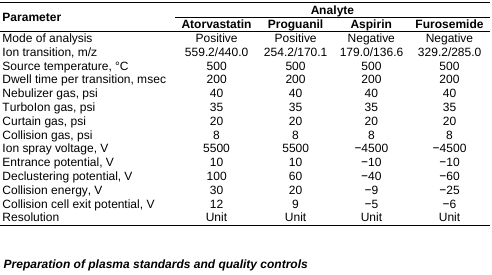
<table><thead><tr><td rowspan="2"><b>Parameter</b></td><td colspan="4"><b>Analyte</b></td></tr><tr><td><b>Atorvastatin</b></td><td><b>Proguanil</b></td><td><b>Aspirin</b></td><td><b>Furosemide</b></td></tr></thead><tbody><tr><td>Mode of analysis</td><td>Positive</td><td>Positive</td><td>Negative</td><td>Negative</td></tr><tr><td>Ion transition, m/z</td><td>559.2/440.0</td><td>254.2/170.1</td><td>179.0/136.6</td><td>329.2/285.0</td></tr><tr><td>Source temperature, °C</td><td>500</td><td>500</td><td>500</td><td>500</td></tr><tr><td>Dwell time per transition, msec</td><td>200</td><td>200</td><td>200</td><td>200</td></tr><tr><td>Nebulizer gas, psi</td><td>40</td><td>40</td><td>40</td><td>40</td></tr><tr><td>TurboIon gas, psi</td><td>35</td><td>35</td><td>35</td><td>35</td></tr><tr><td>Curtain gas, psi</td><td>20</td><td>20</td><td>20</td><td>20</td></tr><tr><td>Collision gas, psi</td><td>8</td><td>8</td><td>8</td><td>8</td></tr><tr><td>Ion spray voltage, V</td><td>5500</td><td>5500</td><td>−4500</td><td>−4500</td></tr><tr><td>Entrance potential, V</td><td>10</td><td>10</td><td>−10</td><td>−10</td></tr><tr><td>Declustering potential, V</td><td>100</td><td>60</td><td>−40</td><td>−60</td></tr><tr><td>Collision energy, V</td><td>30</td><td>20</td><td>−9</td><td>−25</td></tr><tr><td>Collision cell exit potential, V</td><td>12</td><td>9</td><td>−5</td><td>−6</td></tr><tr><td>Resolution</td><td>Unit</td><td>Unit</td><td>Unit</td><td>Unit</td></tr></tbody></table>